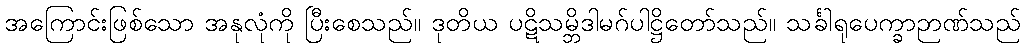
အကြောင်းဖြစ်သော အနုလုံကို ပြီးစေသည်။ ဒုတိယ ပဋိသမ္ဘိဒါမဂ်ပါဋ္ဌိတော်သည်။ သင်္ခါရုပေက္ခာဉာဏ်သည်